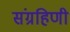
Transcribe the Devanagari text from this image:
संग्रहिणी